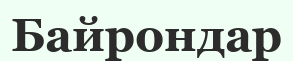
Байрондар